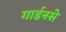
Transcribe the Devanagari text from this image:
गार्डनसे